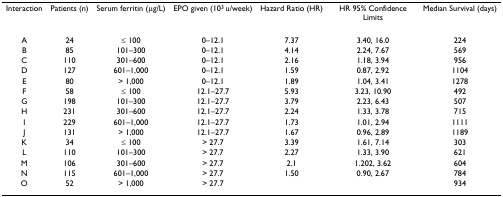
<table><thead><tr><td><b>Interaction</b></td><td><b>Patients (n)</b></td><td><b>Serum ferritin (μg/L)</b></td><td><b>EPO given (10<sup>3 </sup>u/week)</b></td><td><b>Hazard Ratio (HR)</b></td><td><b>HR 95% Confidence Limits</b></td><td><b>Median Survival (days)</b></td></tr></thead><tbody><tr><td>A</td><td>24</td><td>≤ 100</td><td>0–12.1</td><td>7.37</td><td>3.40, 16.0</td><td>224</td></tr><tr><td>B</td><td>85</td><td>101–300</td><td>0–12.1</td><td>4.14</td><td>2.24, 7.67</td><td>569</td></tr><tr><td>C</td><td>110</td><td>301–600</td><td>0–12.1</td><td>2.16</td><td>1.18, 3.94</td><td>956</td></tr><tr><td>D</td><td>127</td><td>601–1,000</td><td>0–12.1</td><td>1.59</td><td>0.87, 2.92</td><td>1104</td></tr><tr><td>E</td><td>80</td><td>&gt; 1,000</td><td>0–12.1</td><td>1.89</td><td>1.04, 3.41</td><td>1278</td></tr><tr><td>F</td><td>58</td><td>≤ 100</td><td>12.1–27.7</td><td>5.93</td><td>3.23, 10.90</td><td>492</td></tr><tr><td>G</td><td>198</td><td>101–300</td><td>12.1–27.7</td><td>3.79</td><td>2.23, 6.43</td><td>507</td></tr><tr><td>H</td><td>231</td><td>301–600</td><td>12.1–27.7</td><td>2.24</td><td>1.33, 3.78</td><td>715</td></tr><tr><td>I</td><td>229</td><td>601–1,000</td><td>12.1–27.7</td><td>1.73</td><td>1.01, 2.94</td><td>1111</td></tr><tr><td>J</td><td>131</td><td>&gt; 1,000</td><td>12.1–27.7</td><td>1.67</td><td>0.96, 2.89</td><td>1189</td></tr><tr><td>K</td><td>34</td><td>≤ 100</td><td>&gt; 27.7</td><td>3.39</td><td>1.61, 7.14</td><td>303</td></tr><tr><td>L</td><td>110</td><td>101–300</td><td>&gt; 27.7</td><td>2.27</td><td>1.33, 3.90</td><td>621</td></tr><tr><td>M</td><td>106</td><td>301–600</td><td>&gt; 27.7</td><td>2.1</td><td>1.202, 3.62</td><td>604</td></tr><tr><td>N</td><td>115</td><td>601–1,000</td><td>&gt; 27.7</td><td>1.50</td><td>0.90, 2.67</td><td>784</td></tr><tr><td>O</td><td>52</td><td>&gt; 1,000</td><td>&gt; 27.7</td><td></td><td></td><td>934</td></tr></tbody></table>